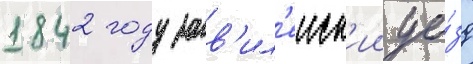
1842 году зав'ил'еиск'ии уе́зд